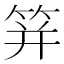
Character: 䈂